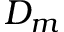
D _ { m }